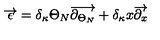
\overrightarrow { \epsilon } = \delta _ { \kappa } \Theta _ { N } \overrightarrow { \partial _ { \Theta _ { N } } } + \delta _ { \kappa } x \overrightarrow { \partial _ { x } }